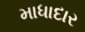
માધાદાર